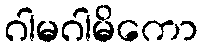
ဂါမဂါမိကော